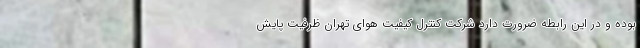
بوده و در این رابطه ضرورت دارد شرکت کنترل کیفیت هوای تهران ظرفیت پایش